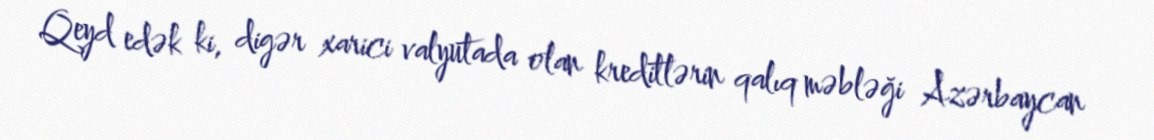
Qeyd edək ki, digər xarici valyutada olan kreditlərin qalıq məbləği Azərbaycan